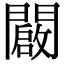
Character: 闙